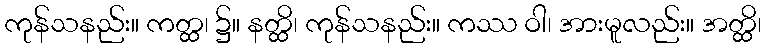
ကုန်သနည်း။ ကတ္ထ၊ ၌။ နတ္ထိ၊ ကုန်သနည်း။ ကဿ ဝါ၊ အားမူလည်း။ အတ္ထိ၊